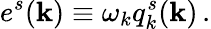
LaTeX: e^{s}({\mathbf k})\equiv\omega_{k}q_{k}^{s}({\mathbf k})\, .